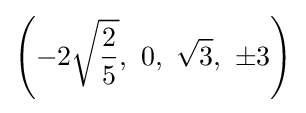
\left(-2{\sqrt {\frac {2}{5}}},\ 0,\ {\sqrt {3}},\ \pm 3\right)